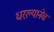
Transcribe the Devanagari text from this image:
धरल्यानेच